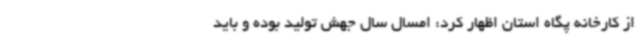
از کارخانه پگاه استان اظهار کرد: امسال سال جهش تولید بوده و باید